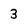
Character: 3